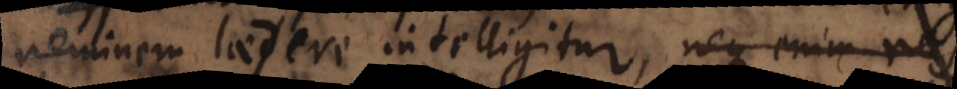
neminem laedere intelligitur, neque enim